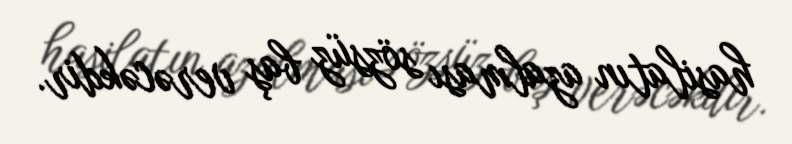
hasilatın azalması sözsüz baş verəcəkdir.